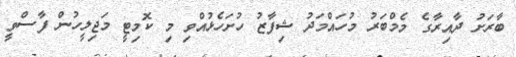
ބާރަށު ދާއިރާގެ މެމްބަރު މުހައްމަދު ޝިފާޒު ހުށަހެޅުއްވި މި ކޮމިޓީ މަޖިލީހުން ފާސްވީ